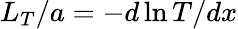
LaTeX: L_{T}/a=-d\ln T/dx